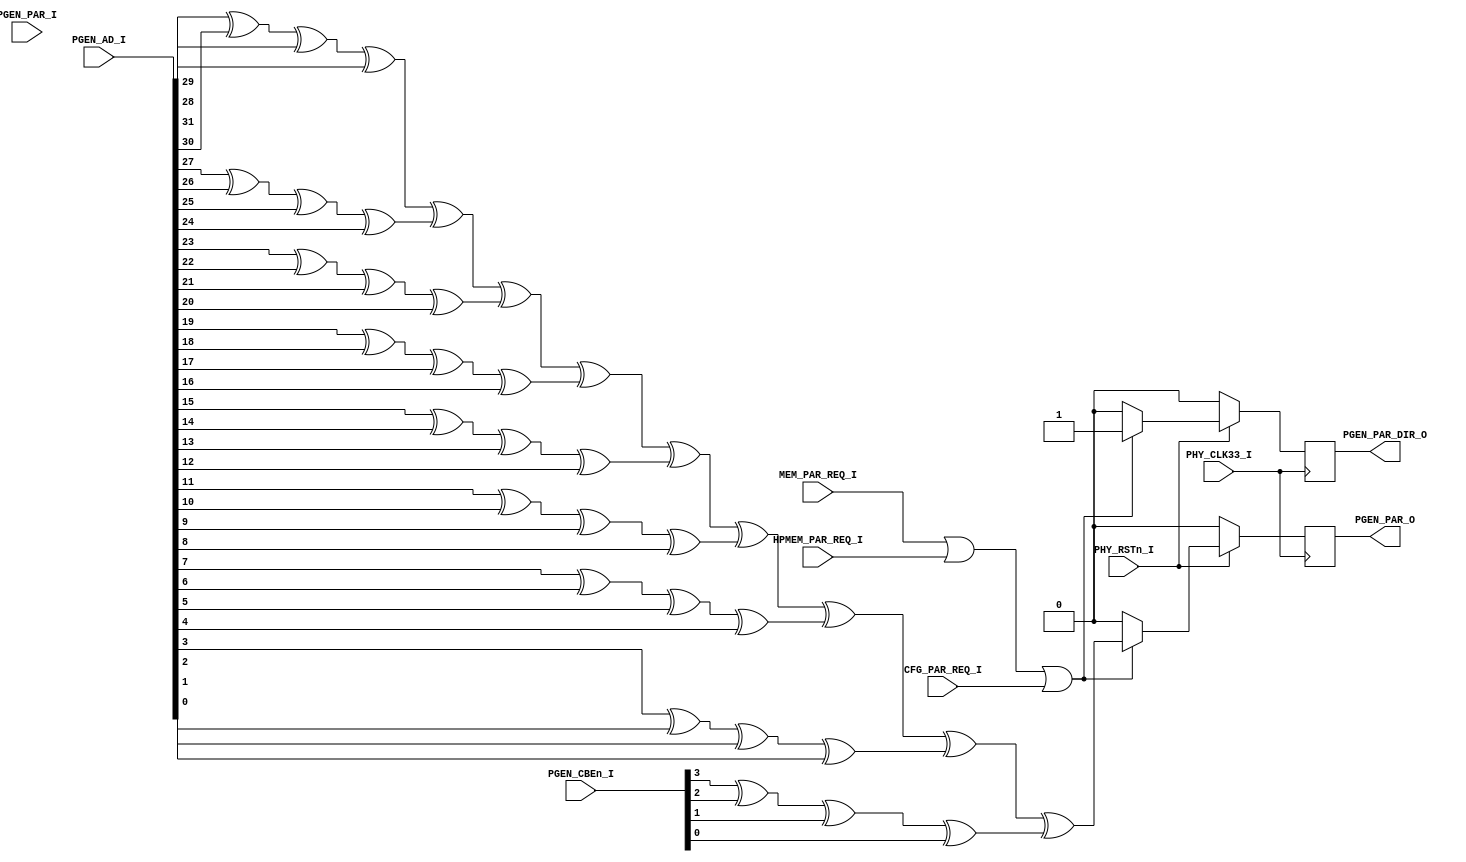
`timescale 1ns / 1ps
//////////////////////////////////////////////////////////////////////////////////
// Company: 
// 
// Design Name: 
// Module Name: PCI_DEFSM_PAR
// Project Name: 
// Target Devices: 
// Tool Versions: 
// Description: 
// 
// Dependencies: 
// 
// Revision:
// Revision 0.01 - File Created
// Additional Comments:
// 
//////////////////////////////////////////////////////////////////////////////////


module PCI_DEFSM_PAR(
	input PHY_CLK33_I,
	input PHY_RSTn_I,
	
	input  	     PGEN_PAR_I,
	output reg   PGEN_PAR_O = 0,
	output reg   PGEN_PAR_DIR_O = 0,
	
	input [31:0] PGEN_AD_I,
	input [3:0]  PGEN_CBEn_I,
	
	input MEM_PAR_REQ_I,
	input HPMEM_PAR_REQ_I,
	input CFG_PAR_REQ_I
    );
	
	wire PAR_REQ = (MEM_PAR_REQ_I == 1 || HPMEM_PAR_REQ_I == 1 || CFG_PAR_REQ_I == 1);
	
	always @(negedge PHY_CLK33_I)
		if (PHY_RSTn_I == 0)
			begin
				PGEN_PAR_DIR_O = 0;
				PGEN_PAR_O = 0;
				
			end
		else
			begin
				if (PAR_REQ == 1)
					begin
						PGEN_PAR_DIR_O = 1;
						PGEN_PAR_O =
						  ((  PGEN_AD_I[31] ^ PGEN_AD_I[30] ^ PGEN_AD_I[29] ^ PGEN_AD_I[28] ) ^
							( PGEN_AD_I[27] ^ PGEN_AD_I[26] ^ PGEN_AD_I[25] ^ PGEN_AD_I[24] ) ^
							( PGEN_AD_I[23] ^ PGEN_AD_I[22] ^ PGEN_AD_I[21] ^ PGEN_AD_I[20] ) ^
							( PGEN_AD_I[19] ^ PGEN_AD_I[18] ^ PGEN_AD_I[17] ^ PGEN_AD_I[16] ) ^
							( PGEN_AD_I[15] ^ PGEN_AD_I[14] ^ PGEN_AD_I[13] ^ PGEN_AD_I[12] ) ^
							( PGEN_AD_I[11] ^ PGEN_AD_I[10] ^ PGEN_AD_I[9]  ^ PGEN_AD_I[8]  ) ^
							( PGEN_AD_I[7]  ^ PGEN_AD_I[6]  ^ PGEN_AD_I[5]  ^ PGEN_AD_I[4]  ) ^
							( PGEN_AD_I[3]  ^ PGEN_AD_I[2]  ^ PGEN_AD_I[1]  ^ PGEN_AD_I[0]  ) ^
							( PGEN_CBEn_I[3] ^ PGEN_CBEn_I[2] ^ PGEN_CBEn_I[1] ^ PGEN_CBEn_I[0] ));
					end
				else
					begin
						PGEN_PAR_DIR_O = 0;
						PGEN_PAR_O  = 0;
					end
			end		
endmodule